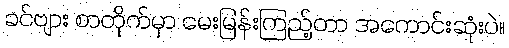
ခင်ဗျား စာတိုက်မှာ မေးမြန်းကြည့်တာ အကောင်းဆုံးပဲ။